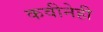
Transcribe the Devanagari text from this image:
कवीनेही